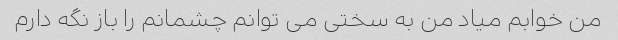
من خوابم میاد من به سختی می توانم چشمانم را باز نگه دارم